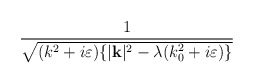
\begin{align*}\frac{1}{\sqrt{(k^{2}+i\varepsilon )\{|\mathbf{k}|^{2}-\lambda (k_{0}^{2}+i\varepsilon )\}}}\end{align*}